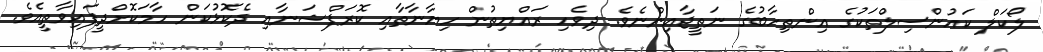
ލޯކަލް ކައުންސިލްތަކުގެ އިންތިހާބުގެ ނަތީޖާއިންނެވެ. ދިވެހި ރައްޔިތުން ހިޔާނާތާއި ކޮރަޕްޝަނާއި ދެކޮޅުކަން ހާމަކޮށްދީފައިވާތީއެވެ.